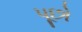
પૂછો